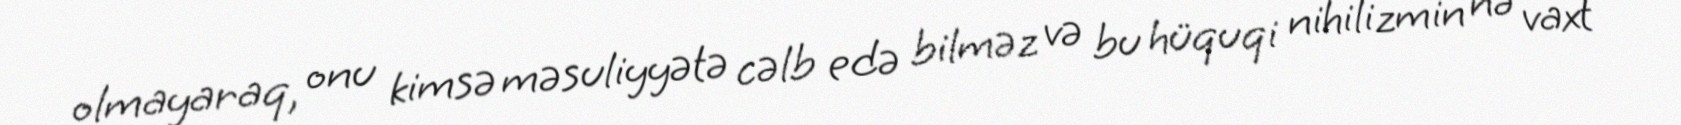
olmayaraq, onu kimsə məsuliyyətə cəlb edə bilməz və bu hüquqi nihilizmin nə vaxt